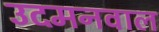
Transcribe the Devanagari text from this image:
उदमनवाल